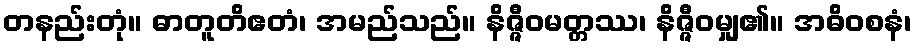
တနည်းတုံ။ ဓာတူတိဧတံ၊ အမည်သည်။ နိဇ္ဇီဝမတ္တဿ၊ နိဇ္ဇီဝမျှ၏။ အဓိဝစနံ၊